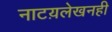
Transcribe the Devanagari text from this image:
नाटय़लेखनही